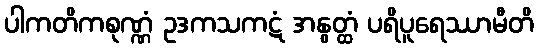
ပါကတိကစုဏ္ဏံ ဥဒကသကဋံ အနွတ္ထံ ပရိပူရေဿာမီတိ